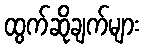
ထွက်ဆိုချက်များ